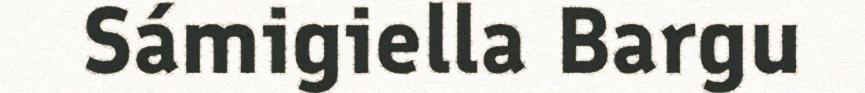
Sámigiella Bargu